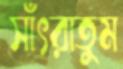
সাঁৎরাতুম